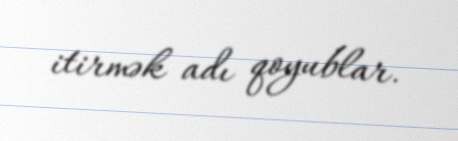
itirmək adı qoyublar.